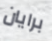
برايان